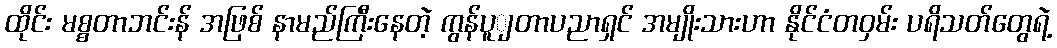
ထိုင်း မစ္စတာဘင်းန် အဖြစ် နာမည်ကြီးနေတဲ့ ကွန်ပူျတာပညာရှင် အမျိုးသားဟာ နိုင်ငံတဝှမ်း ပရိသတ်တွေရဲ့